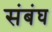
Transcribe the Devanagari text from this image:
संबंघ